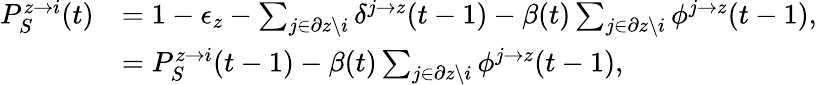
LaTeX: \begin{array}{rl}{P_{S}^{z\rightarrow i}(t)}&{=1-\epsilon_{z}-\sum_{j\in\partial z\backslash i}\delta^{j\rightarrow z}(t-1)-\beta(t)\sum_{j\in\partial z\backslash i}{\phi^{j\rightarrow z}(t-1)},}\\ &{=P_{S}^{z\rightarrow i}(t-1)-\beta(t)\sum_{j\in\partial z\backslash i}{\phi^{j\rightarrow z}(t-1)},}\end{array}